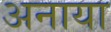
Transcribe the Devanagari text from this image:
अनाया